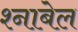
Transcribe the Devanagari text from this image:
श्नाबेल